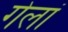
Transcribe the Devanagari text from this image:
गेलां